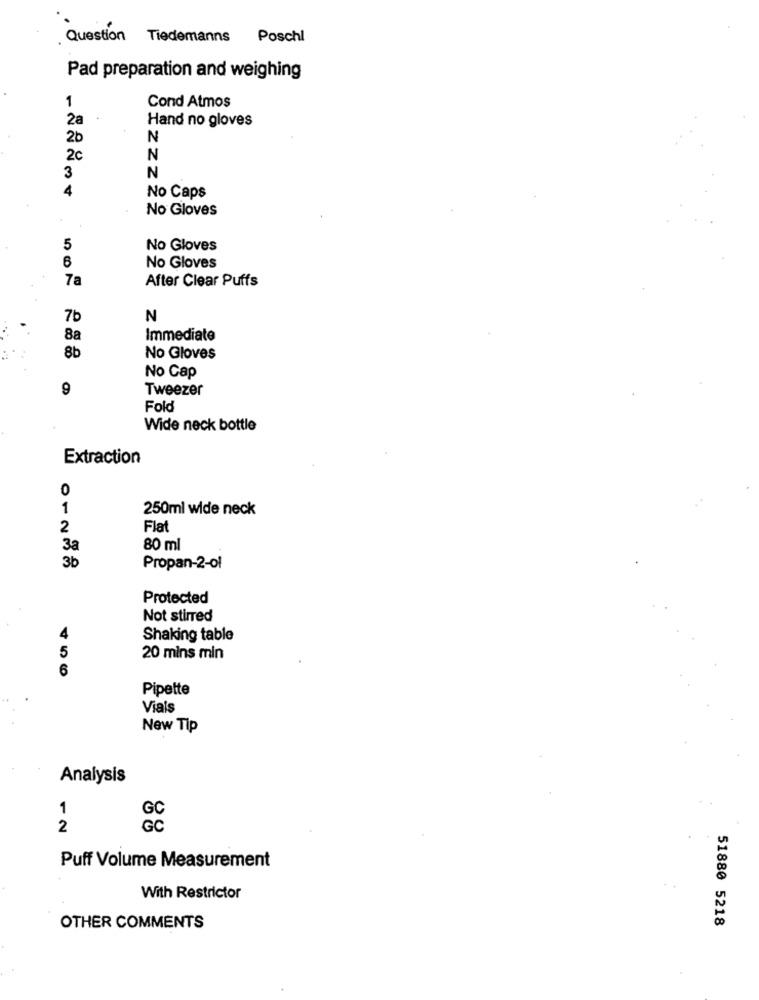
Question Tiedemanns Poschl
Pad preparation and weighing
1
Cond Atmos
2a
Hand no gloves
2b
N
2c
N
3
N
4
No Caps
No Gloves
5
No Gloves
6
No Gloves
7a
After Clear Puffs
7b
N
8a
Immediate
8b
No Gloves
No Cap
9
Tweezer
Fold
Wide neck bottle
Extraction
0
1
250ml wide neck
2
Flat
3a
80 ml
3b
Propan-2-ol
Protected
Not stirred
4
Shaking table
5
20 mins min
6
Pipette
Vials
New Tip
Analysis
1
2
Puff Volume Measurement
With Restrictor
51880 5218
OTHER COMMENTS